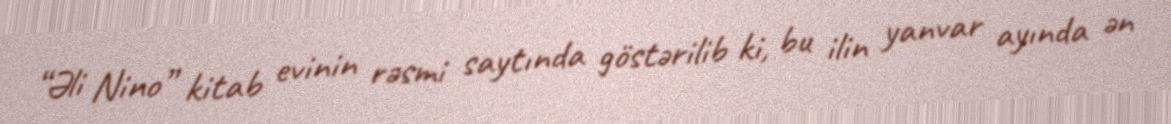
“Əli Nino” kitab evinin rəsmi saytında göstərilib ki, bu ilin yanvar ayında ən